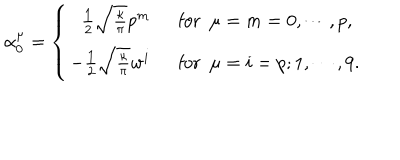
LaTeX: \alpha _ { 0 } ^ { \mu } = \left\{ \begin{array} { r l } { { \frac { 1 } { 2 } \sqrt { \frac { \kappa } { \pi } } p ^ { m } ~ ~ } } & { { \mathrm { f o r } ~ ~ \mu = m = 0 , \cdots , p , } } \\ { { - \frac { 1 } { 2 } \sqrt { \frac { \kappa } { \pi } } w ^ { i } ~ ~ } } & { { \mathrm { f o r } ~ ~ \mu = i = p ; 1 , \cdots , 9 . } } \\ \end{array} \right.